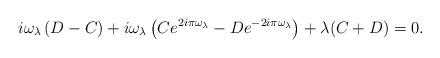
LaTeX: \begin{align*}i \omega_\lambda \left( D - C \right) + i \omega_\lambda \left( C e^{2 i \pi \omega_\lambda} - D e^{-2 i \pi \omega_\lambda} \right) + \lambda (C + D) = 0.\end{align*}